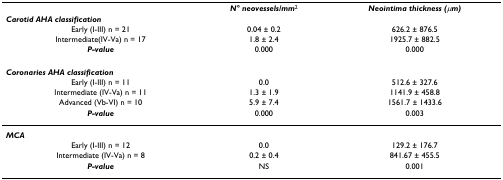
<table><thead><tr><td></td><td><b><i>N° neovessels/mm</i><sup>2</sup></b></td><td><b><i>Neointima thickness (μm)</i></b></td></tr><tr><td><b><i>Carotid AHA classification</i></b></td><td></td><td></td></tr><tr><td><b>Early (I-III) n = 21</b></td><td><b>0.04 ± 0.2</b></td><td><b>626.2 ± 876.5</b></td></tr><tr><td><b>Intermediate(IV-Va) n = 17</b></td><td><b>1.8 ± 2.4</b></td><td><b>1925.7 ± 882.5</b></td></tr><tr><td><b><i>P-value</i></b></td><td><b>0.000</b></td><td><b>0.000</b></td></tr></thead><tbody><tr><td><b><i>Coronaries AHA classification</i></b></td><td></td><td></td></tr><tr><td>Early (I-III) n = 11</td><td>0.0</td><td>512.6 ± 327.6</td></tr><tr><td>Intermediate (IV-Va) n = 11</td><td>1.3 ± 1.9</td><td>1141.9 ± 458.8</td></tr><tr><td>Advanced (Vb-VI) n = 10</td><td>5.9 ± 7.4</td><td>1561.7 ± 1433.6</td></tr><tr><td><b><i>P-value</i></b></td><td>0.000</td><td>0.003</td></tr><tr><td><b><i>MCA</i></b></td><td></td><td></td></tr><tr><td>Early (I-III) n = 12</td><td>0.0</td><td>129.2 ± 176.7</td></tr><tr><td>Intermediate (IV-Va) n = 8</td><td>0.2 ± 0.4</td><td>841.67 ± 455.5</td></tr><tr><td><b><i>P-value</i></b></td><td>NS</td><td>0.001</td></tr></tbody></table>